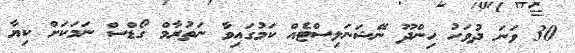
30 ވަނަ ދުވަހު ހިންދޫ ނޭޝަނަލިސްޓެއް ކަމުގައިވާ ނަތުރާމް ގޯޑްސް ނަމަކަށް ކިޔާ